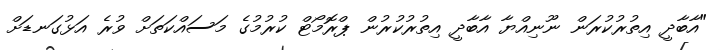
"އާބާދީ އިތުރުކުރަން ނޫނިއްޔާ އާބާދީ އިތުރުކުރުން ޕްރޮމޯޓް ކުރުމުގެ މަސައްކަތަށް ވުރެ އަޅުގަނޑަށް